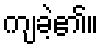
ကျခဲ့၏။